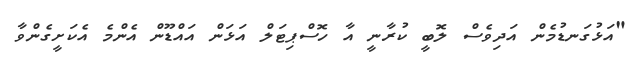
"އަޅުގަނޑުމެން އަދިވެސް ލޮބީ ކުރާނީ އާ ހޮސްޕިޓަލް އަޅަން އައްޑޫން އެންމެ އެކަށީގެންވާ